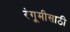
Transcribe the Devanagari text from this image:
रंगूमीसाठी